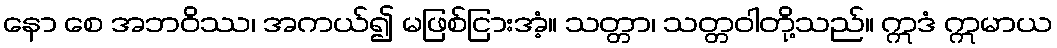
နော စေ အဘဝိဿ၊ အကယ်၍ မဖြစ်ငြားအံ့။ သတ္တာ၊ သတ္တဝါတို့သည်။ ဣဒံ ဣမာယ